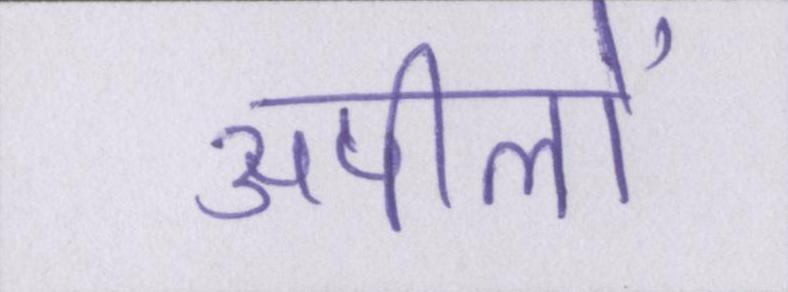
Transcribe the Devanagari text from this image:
अपीलों